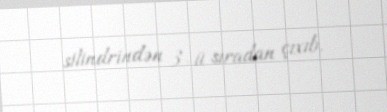
silindrindən 3-ü sıradan çıxıb.